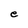
Character: e